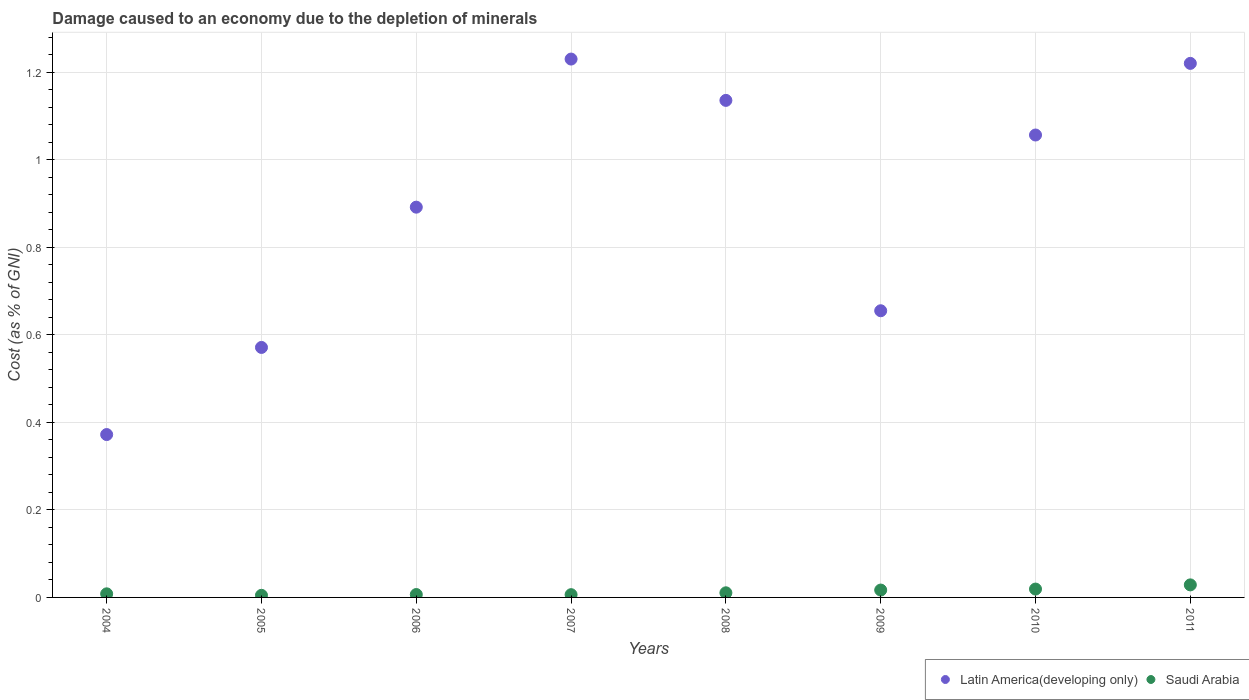
| Years | Latin America(developing only) | Saudi Arabia |
 | --- | --- | --- |
 | 2004 | 0.372 | 0.00821 |
 | 2005 | 0.571 | 0.00477 |
 | 2006 | 0.892 | 0.0066 |
 | 2007 | 1.23 | 0.0063 |
 | 2008 | 1.14 | 0.0106 |
 | 2009 | 0.655 | 0.0168 |
 | 2010 | 1.06 | 0.0191 |
 | 2011 | 1.22 | 0.0287 |